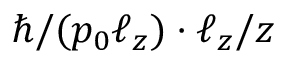
\hbar / ( p _ { 0 } \ell _ { z } ) \cdot \ell _ { z } / z